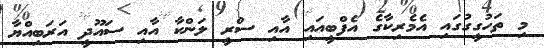
މި ތަހުގީގުގައި އެމެރިކާގެ އެފްބީއައި އާއި ސްރީ ލަންކާ އާއި ސައޫދީ އަރަބިއްޔާ